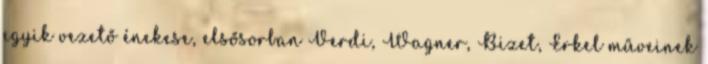
egyik vezető énekese, elsősorban Verdi, Wagner, Bizet, Erkel műveinek